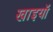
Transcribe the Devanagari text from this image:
खाइयॉ